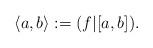
LaTeX: \begin{align*}\langle a, b \rangle := ( f | [a, b] ). \end{align*}